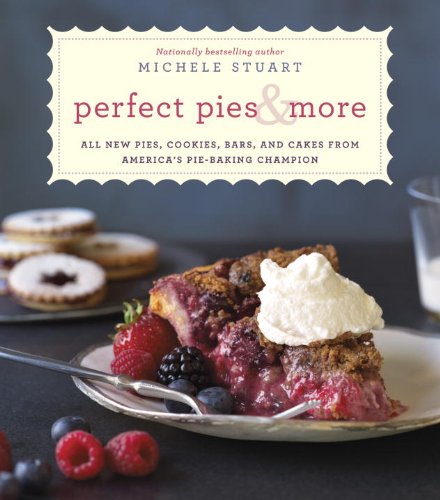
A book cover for Perfect Pies & More: All New Pies, Cookies, Bars, and Cakes from America's Pie-Baking Champion; Michele Stuart; Cookbooks, Food & Wine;